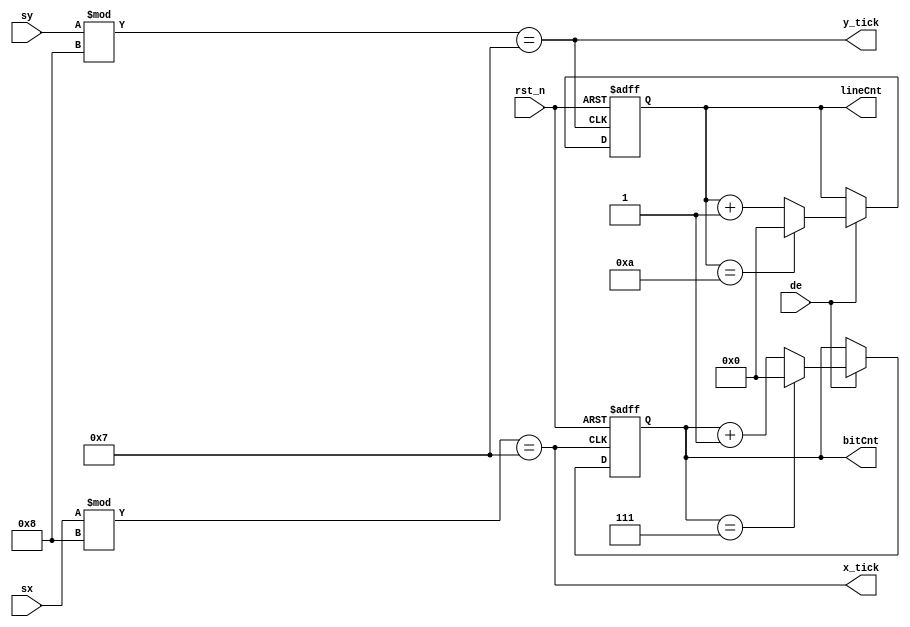
module magnifier#(
    parameter SCALE = 8,
    parameter CHARA_WIDTH = 8,
    parameter CHARA_HEIGHT = 11,
    parameter CORDW = 16
    )(
    input rst_n,
    input de,
    input signed [CORDW - 1:0] sx,
    input signed [CORDW - 1:0] sy,
    output reg [3:0] bitCnt,
    output reg [3:0] lineCnt,
    output reg x_tick,
    output reg y_tick 
    );

    always@ (*) begin
        x_tick <= sx % SCALE == SCALE - 1;
        y_tick <= sy % SCALE == SCALE - 1;
    end

    always@(posedge x_tick or negedge rst_n) begin
        if(!rst_n) begin
            bitCnt <= 0;
        end                
        else if(de) begin
            bitCnt <= bitCnt == CHARA_WIDTH -1 ? 0 : bitCnt + 4'b1 ;      
        end
    end
    

    always@(posedge y_tick or negedge rst_n) begin
        if(!rst_n) begin
            lineCnt <= 0;
        end                 
        else if(de) begin   
            lineCnt <= lineCnt == CHARA_HEIGHT -1 ? 0 : lineCnt + 4'b1 ;
        end
    end
       
    
endmodule